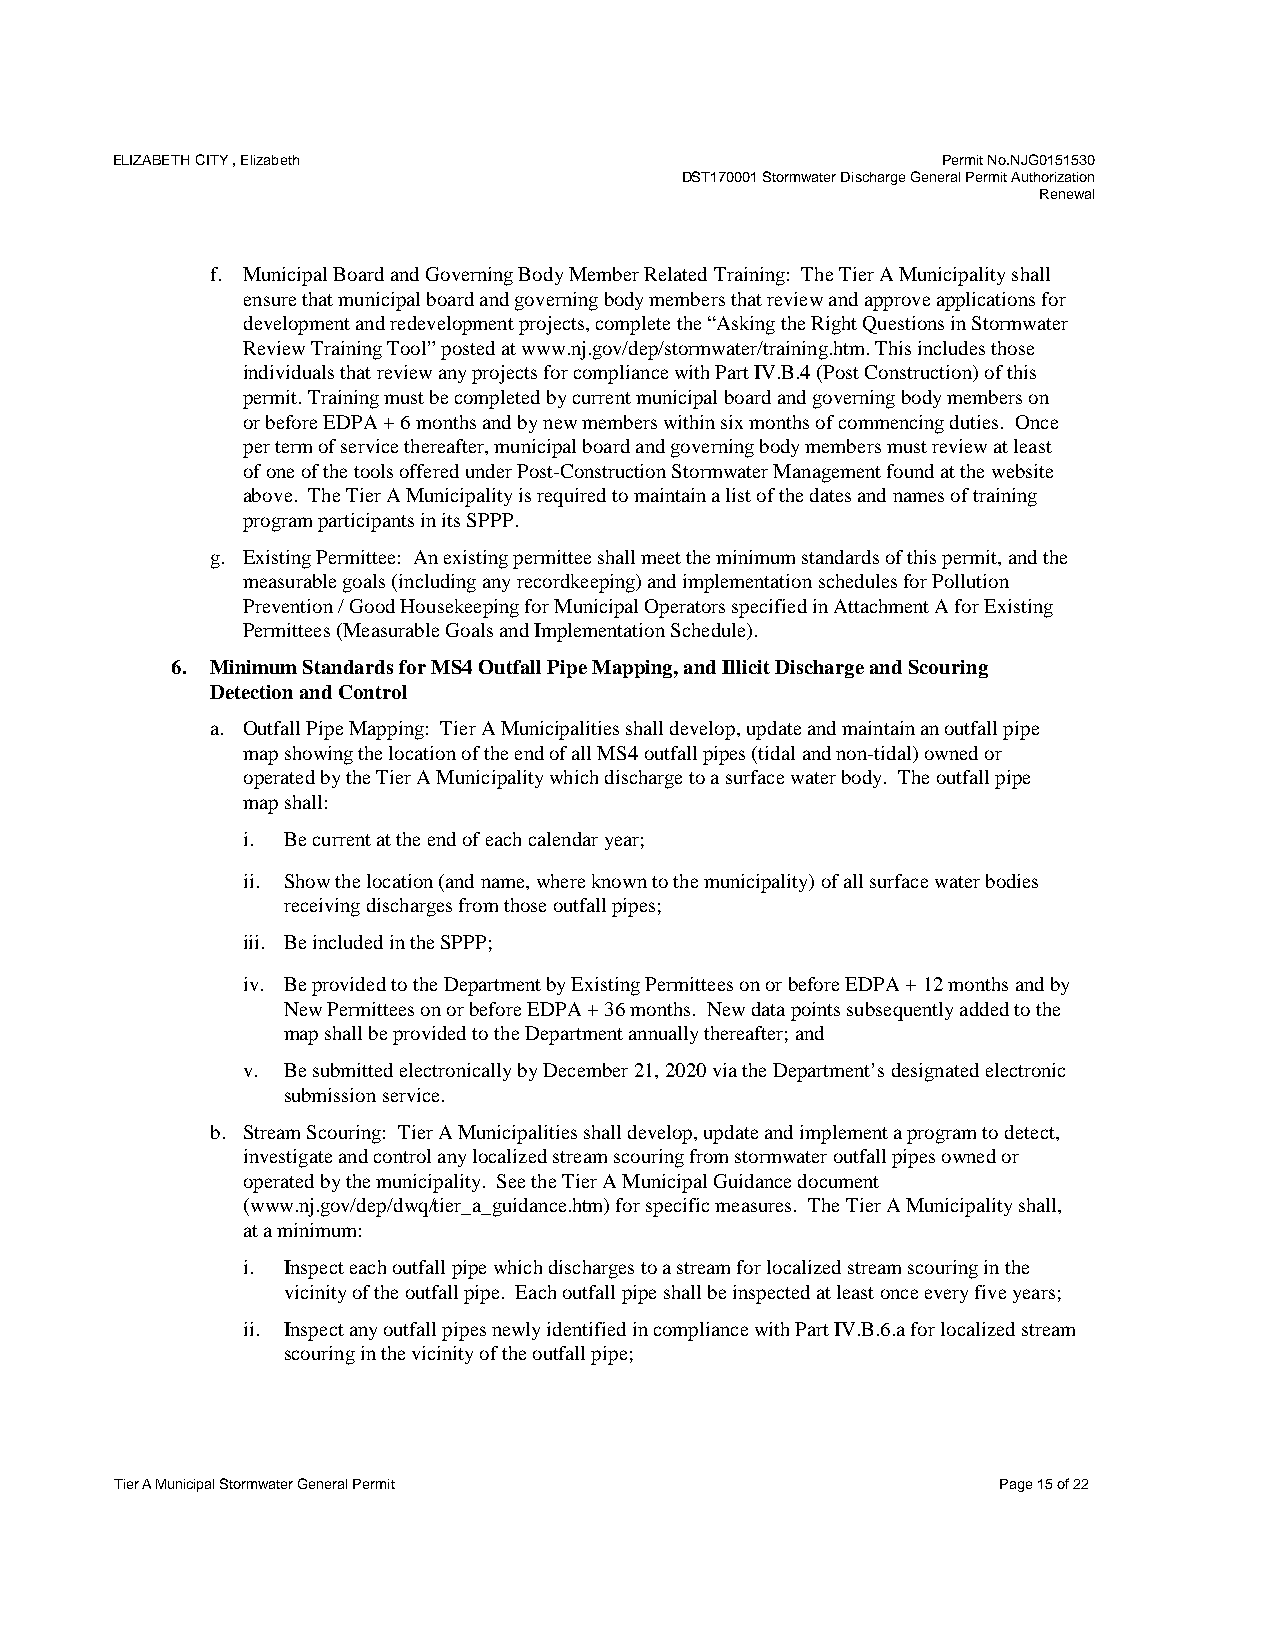
ELIZABETH CITY , Elizabeth                             Permit No.NJG0151530
 DST170001 Stormwater Discharge General Permit Authorization
 Renewal
 f. Municipal Board and Governing Body Member Related Training: The Tier A Municipality shall
 ensure that municipal board and governing body members that review and approve applications for
 development and redevelopment projects, complete the “Asking the Right Questions in Stormwater
 Review Training Tool” posted at www.nj.gov/dep/stormwater/training.htm. This includes those
 individuals that review any projects for compliance with Part IV.B.4 (Post Construction) of this
 permit. Training must be completed by current municipal board and governing body members on
 or before EDPA + 6 months and by new members within six months of commencing duties. Once
 per term of service thereafter, municipal board and governing body members must review at least
 of one of the tools offered under Post-Construction Stormwater Management found at the website
 above. The Tier A Municipality is required to maintain a list of the dates and names of training
 program participants in its SPPP.
 g. Existing Permittee: An existing permittee shall meet the minimum standards of this permit, and the
 measurable goals (including any recordkeeping) and implementation schedules for Pollution
 Prevention / Good Housekeeping for Municipal Operators specified in Attachment A for Existing
 Permittees (Measurable Goals and Implementation Schedule).
 6. Minimum Standards for MS4 Outfall Pipe Mapping, and Illicit Discharge and Scouring
 Detection and Control
 a. Outfall Pipe Mapping: Tier A Municipalities shall develop, update and maintain an outfall pipe
 map showing the location of the end of all MS4 outfall pipes (tidal and non-tidal) owned or
 operated by the Tier A Municipality which discharge to a surface water body. The outfall pipe
 map shall:
 i. Be current at the end of each calendar year;
 ii. Show the location (and name, where known to the municipality) of all surface water bodies
 receiving discharges from those outfall pipes;
 iii. Be included in the SPPP;
 iv. Be provided to the Department by Existing Permittees on or before EDPA + 12 months and by
 New Permittees on or before EDPA + 36 months. New data points subsequently added to the
 map shall be provided to the Department annually thereafter; and
 v. Be submitted electronically by December 21, 2020 via the Department’s designated electronic
 submission service.
 b. Stream Scouring: Tier A Municipalities shall develop, update and implement a program to detect,
 investigate and control any localized stream scouring from stormwater outfall pipes owned or
 operated by the municipality. See the Tier A Municipal Guidance document
 (www.nj.gov/dep/dwq/tier_a_guidance.htm) for specific measures. The Tier A Municipality shall,
 at a minimum:
 i. Inspect each outfall pipe which discharges to a stream for localized stream scouring in the
 vicinity of the outfall pipe. Each outfall pipe shall be inspected at least once every five years;
 ii. Inspect any outfall pipes newly identified in compliance with Part IV.B.6.a for localized stream
 scouring in the vicinity of the outfall pipe;
 Tier A Municipal Stormwater General Permit                Page 15 of 22